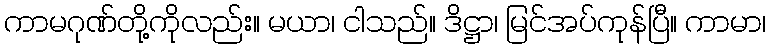
ကာမဂုဏ်တို့ကိုလည်း။ မယာ၊ ငါသည်။ ဒိဋ္ဌာ၊ မြင်အပ်ကုန်ပြီ။ ကာမာ၊